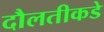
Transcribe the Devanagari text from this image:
दौलतीकडे